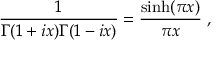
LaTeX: { \frac { 1 } { \Gamma ( 1 + i x ) \Gamma ( 1 - i x ) } } = { \frac { \sinh ( \pi x ) } { \pi x } } \; ,